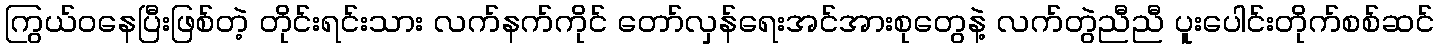
ကြွယ်ဝနေပြီးဖြစ်တဲ့ တိုင်းရင်းသား လက်နက်ကိုင် တော်လှန်ရေးအင်အားစုတွေနဲ့ လက်တွဲညီညီ ပူးပေါင်းတိုက်စစ်ဆင်